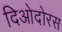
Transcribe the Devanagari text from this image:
दिओदोरस